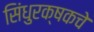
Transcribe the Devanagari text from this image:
सिंधुरक्षकचे